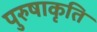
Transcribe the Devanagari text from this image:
पुरुषाकृति